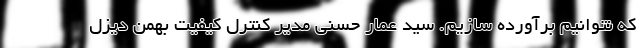
که نتوانیم برآورده سازیم. سید عمار حسنی مدیر کنترل کیفیت بهمن دیزل